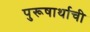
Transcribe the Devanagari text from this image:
पुरूषार्थाची